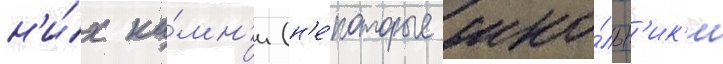
н'и́х ка́мн'и (н'е́которые шко́льн'ик'и